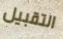
التقبيل